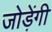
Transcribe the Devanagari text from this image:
जोड़ेंगी